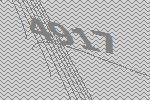
4917